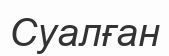
Суалған